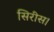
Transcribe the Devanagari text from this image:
सिरीस।